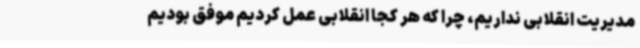
مدیریت انقلابی نداریم، چرا که هر کجا انقلابی عمل کردیم موفق بودیم